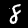
Digit: 8